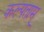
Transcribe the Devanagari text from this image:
कल्पताम्